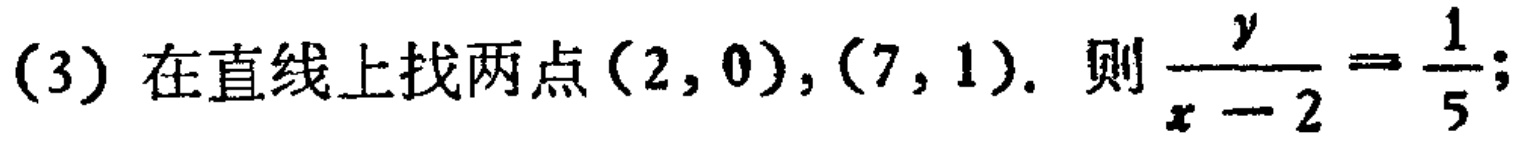
(3) 在直线上找两点$(2,0),(7,1)$. 则$\frac{y}{x - 2}=\frac{1}{5}$;